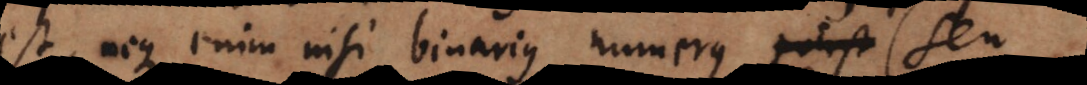
est, neque enim nisi binarius numerus (seu